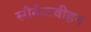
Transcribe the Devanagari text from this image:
सौकेतवीहन